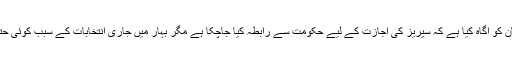
اُن کا کہنا تھا کہ بھارتی بورڈ نے پاکستان کو آگاہ کیا ہے کہ سیریز کی اجازت کے لیے حکومت سے رابطہ کیا جاچکا ہے مگر بہار میں جاری انتخابات کے سبب کوئی حتمی فیصلہ اب تک سامنے نہیں آسکا ہے۔